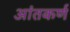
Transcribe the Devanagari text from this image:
आंतकर्ण